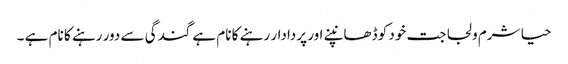
حیا شرم و لجاجت خود کو ڈھانپنے اور پردادار رہنے کا نام ہے گندگی سے دور رہنے کا نام ہے ۔